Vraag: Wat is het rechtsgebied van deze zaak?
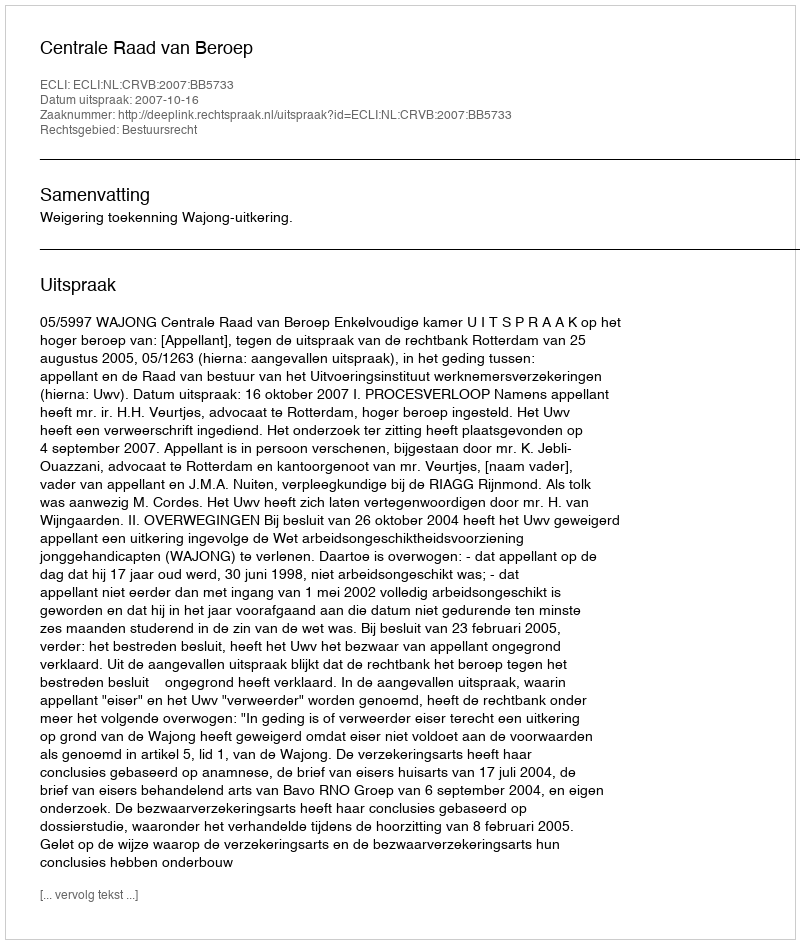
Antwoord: Bestuursrecht